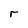
Character: r